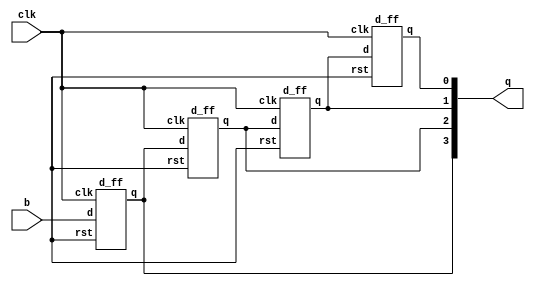
`timescale 1ns / 1ps
//////////////////////////////////////////////////////////////////////////////////
// Company: 
// Engineer: 
// 
// Design Name: 
// Module Name: SIPO
// Project Name: 
// Target Devices: 
// Tool Versions: 
// Description: 
// 
// Dependencies: 
// 
// Revision:
// Revision 0.01 - File Created
// Additional Comments:
// 
//////////////////////////////////////////////////////////////////////////////////

module SIPO(input clk,b,output[3:0]q);

d_ff dut1(.clk(clk),.d(b),.q(q[3]),.rst());
d_ff dut2(.clk(clk),.d(q[3]),.q(q[2]),.rst());
d_ff dut3(.clk(clk),.d(q[2]),.q(q[1]),.rst());
d_ff dut4(.clk(clk),.d(q[1]),.q(q[0]),.rst());

endmodule
// d flip flop

module d_ff (
  input clk,    
  input d,      
  input rst,    
  output reg q);

  always @(posedge clk) 
  begin
    if (rst)
      q <= 1'b0;
    else
      q <= d;
  end

endmodule